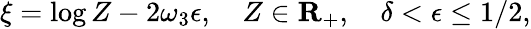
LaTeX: \xi=\log Z-2\omega_{3}\epsilon,\quad Z\in{\mathbf R}_{+},\quad\delta<\epsilon\leq 1/2,